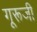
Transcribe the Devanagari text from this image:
गूरूजी